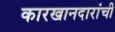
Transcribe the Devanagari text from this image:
कारखानदारांची